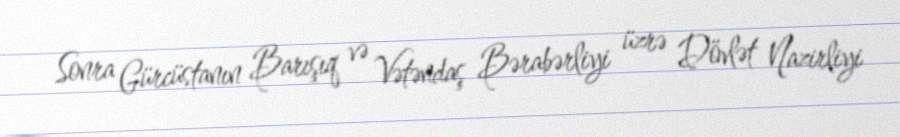
Sonra Gürcüstanın Barışıq və Vətəndaş Bərabərliyi üzrə Dövlət Nazirliyi